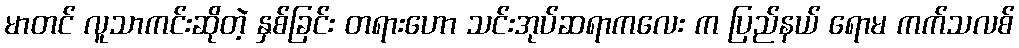
မာတင် လူသာကင်းဆိုတဲ့ နှစ်ခြင်း တရားဟော သင်းအုပ်ဆရာကလေး က ပြည်နယ် ရောမ ကက်သလစ်